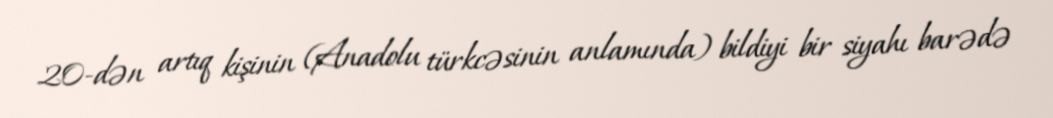
20-dən artıq kişinin (Anadolu türkcəsinin anlamında) bildiyi bir siyahı barədə